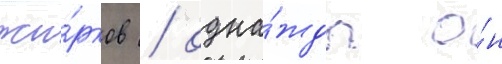
жи́рков / одна́жды о́н